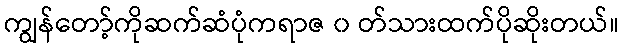
ကျွန်တော့်ကိုဆက်ဆံပုံကရာဇ ၀ တ်သားထက်ပိုဆိုးတယ်။